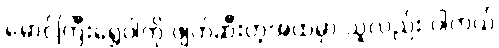
မောင်ကြီးရွှေဝါကို ဖျက်ဆီးတဲ့အထဲမှာ သူလည်း ပါတယ်